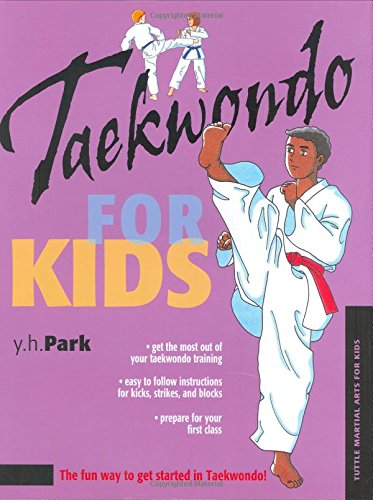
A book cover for Taekwondo for Kids (Martial Arts for Kids); Y. H. Park; Health, Fitness & Dieting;